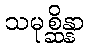
သမုစ္ဆိန္နာ